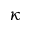
\kappa